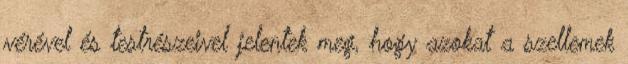
vérével és testrészeivel jelentek meg, hogy azokat a szellemek